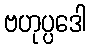
ဗဟုပ္ပဒေါ